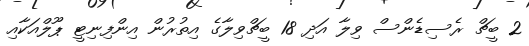
2 ބީޗް ރެސިޑެންސް ވިލާ އަދި 18 ބީޗްވިލާގެ އިތުރުން އިންފިނިޓީ ޕޫލްއަކާއި